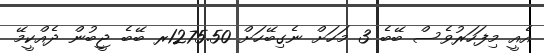
އެއީ މިފަހަރުވެސް ބޭބެ 3 މަހަށް ނެގިބޭހަށް 1275.50ރ ބޭބެ ޖީބުން ދެއްކީމޭ